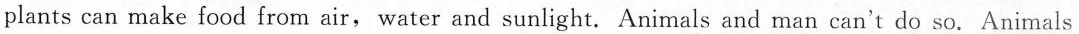
plants can make food from air, water and sunlight. Animals and man can't do so. Animals